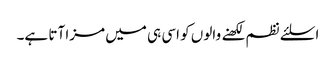
اسلئے نظم لکھنے والوں کو اسی ہی میں مزا آتا ہے۔